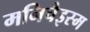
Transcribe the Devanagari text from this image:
मनिचैइस्म